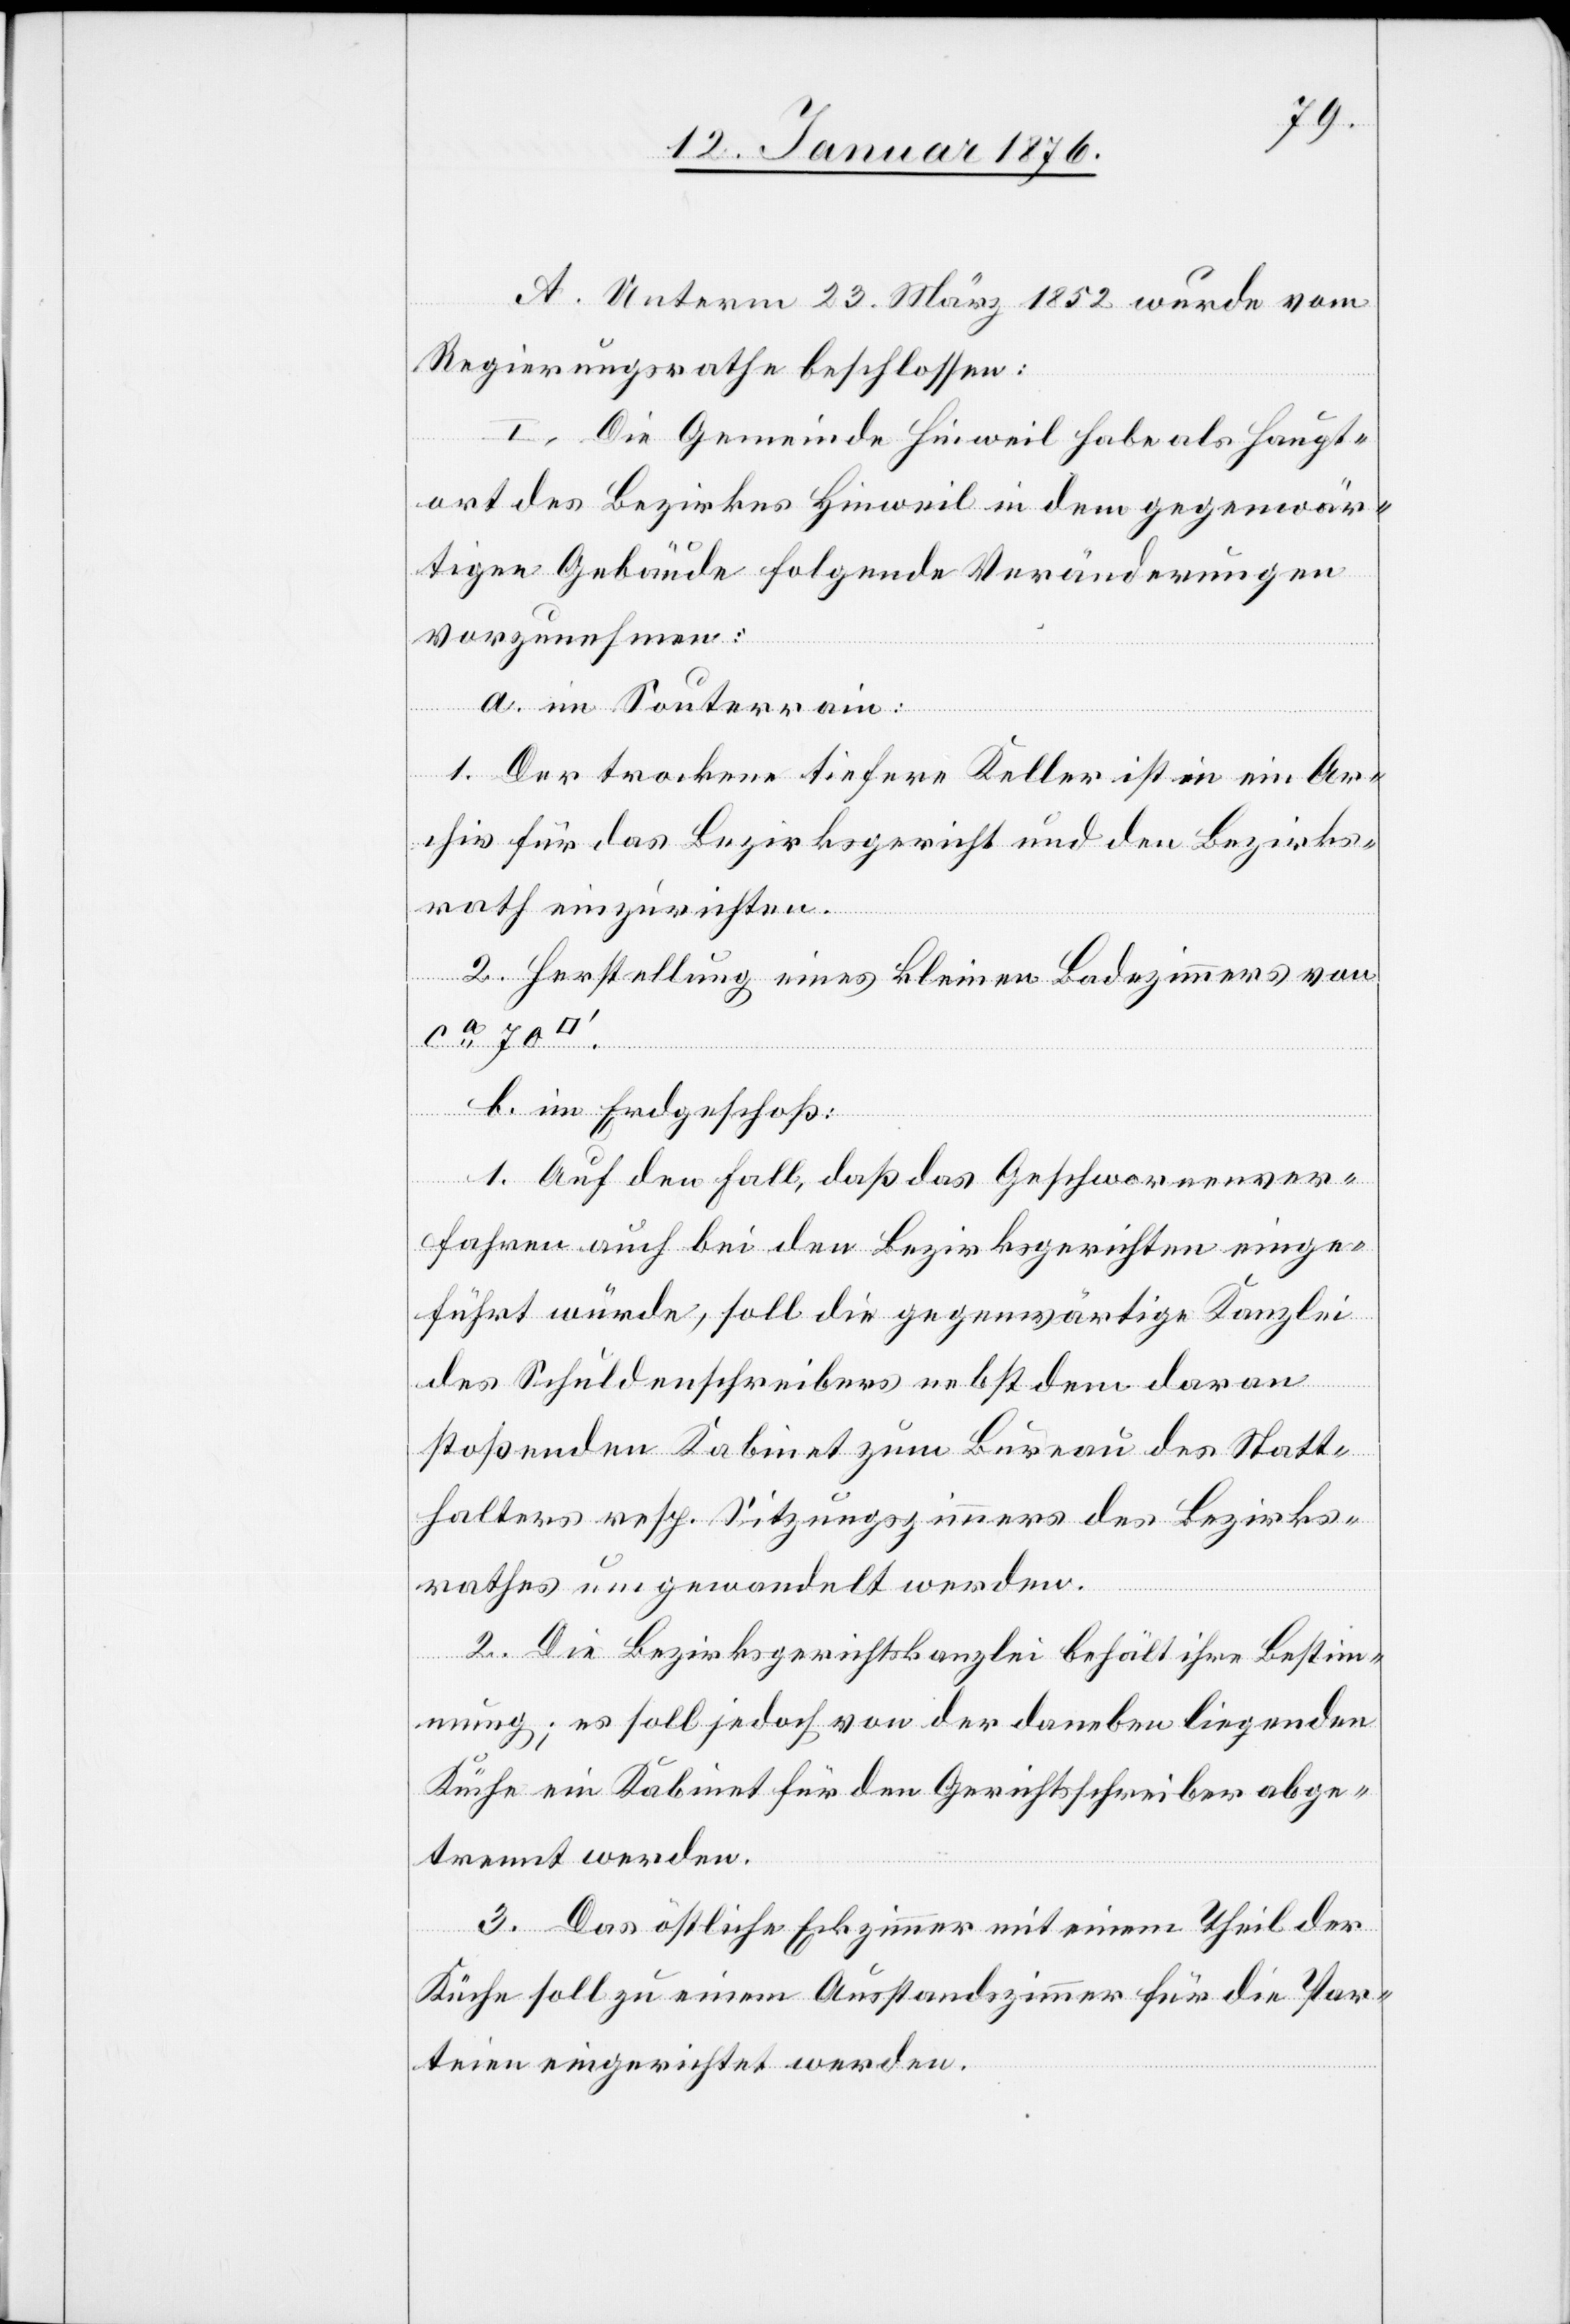
A. Unterm 23. März 1852 wurde vom
Regierungsrathe beschlossen:
I. Die Gemeinde Hinweil habe als Haupt¬
ort des Bezirkes Hinweil in dem gegenwär¬
tigen Gebäude folgende Veränderungen
vorzunehmen:
a. im Souterrain:
1. Der trockene tiefere Keller ist in ein Ar¬
chiv für das Bezirksgericht und den Bezirks¬
rath einzurichten.
2. Herstellung eines kleinen Badezimmers von
ca. 70
b. im Erdgeschoß:
1. Auf den Fall, daß das Geschworenenver¬
fahren auch bei den Bezirksgerichten einge¬
führt würde, soll die gegenwärtige Kanzlei
des Schuldenschreibers nebst dem daran
stoßenden Kabinet zum Bureau des Statt¬
halters resp. Sitzungszimmers des Bezirks¬
rathes umgewandelt werden.
2. Die Bezirksgerichtskanzlei behält ihre Bestim¬
mung; es soll jedoch von der daneben liegenden
Küche ein Kabinet für den Gerichtsschreiber abge¬
trennt werden.
3. Das östliche Eckzimmer mit einem Theil der
Küche soll zu einem Ausstandszimmer für die Par¬
teien eingerichtete werden.